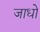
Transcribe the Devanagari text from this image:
जाधो